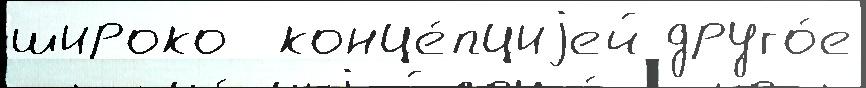
широко  конце́пциjей друго́е